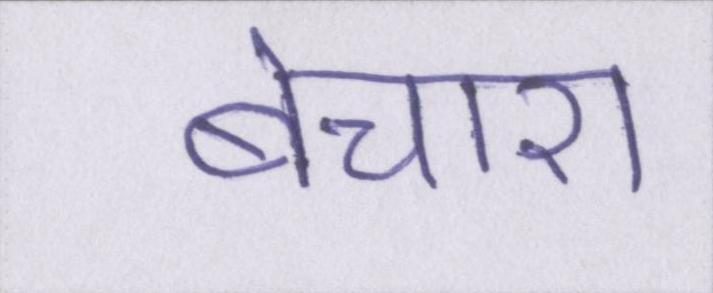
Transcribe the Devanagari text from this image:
बेचारा